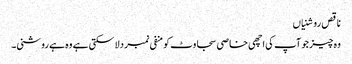
ناقص روشنیاں
وہ چیز جو آپ کی اچھی خاصی سجاوٹ کو منفی نمبر دلا سکتی ہے وہ ہے روشنی۔